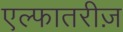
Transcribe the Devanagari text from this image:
एल्फातरीज़